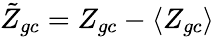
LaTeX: \tilde{Z}_{gc}=Z_{gc}-\left\langle Z_{gc}\right\rangle